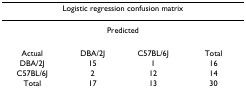
| <COLSPAN=4> Logistic regression confusion matrix |
 | --- | --- | --- | --- |
 |  | <COLSPAN=2> Predicted |  |
 | Actual | DBA/2J | C57BL/6J | Total |
 | DBA/2J | 15 | 1 | 16 |
 | C57BL/6J | 2 | 12 | 14 |
 | Total | 17 | 13 | 30 |